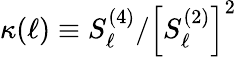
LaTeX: \kappa(\ell)\equiv S_{\ell}^{(4)}/\left[S_{\ell}^{(2)}\right]^{2}